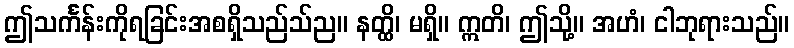
ဤသင်္ကန်းကိုရခြင်းအစရှိသည်သ်ည။ နတ္ထိ၊ မရှိ။ ဣတိ၊ ဤသို့။ အဟံ၊ ငါဘုရားသည်။